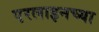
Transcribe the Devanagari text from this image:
एरलाइनच्या